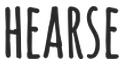
HEARSE